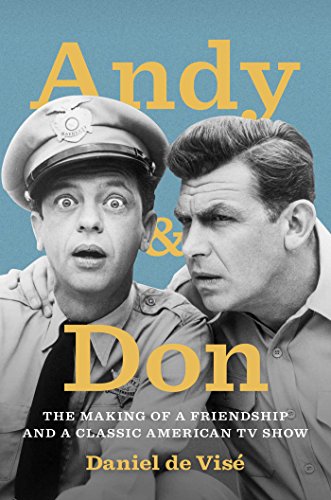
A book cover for Andy and Don: The Making of a Friendship and a Classic American TV Show; Daniel de VisÃ©; Humor & Entertainment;